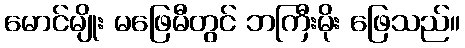
မောင်မျိုး မဖြေမီတွင် ဘကြီးမိုး ဖြေသည်။